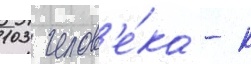
103 челов'е́ка - к